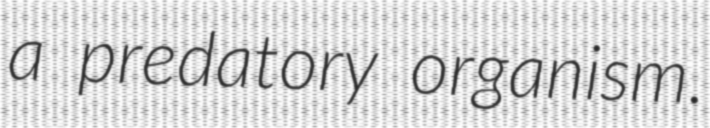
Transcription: a predatory organism.